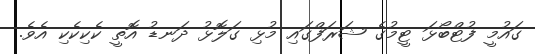
ގައުމީ ފުޓްބޯޅަ ޓީމުގެ ޝަރަފްގައި މުޅި ގަލޮޅު ދަނޑު އޮތީ ކެކިކެކި އެވެ.